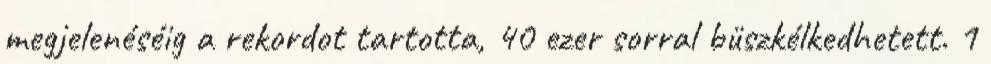
megjelenéséig a rekordot tartotta, 40 ezer sorral büszkélkedhetett. 1